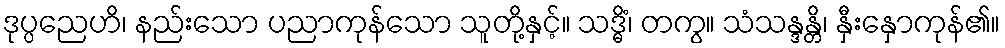
ဒုပ္ပညေဟိ၊ နည်းသော ပညာကုန်သော သူတို့နှင့်။ သဒ္ဓိံ၊ တကွ။ သံသန္ဒန္တိ၊ နှီးနှောကုန်၏။